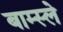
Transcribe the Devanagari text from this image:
बाम्स्ले